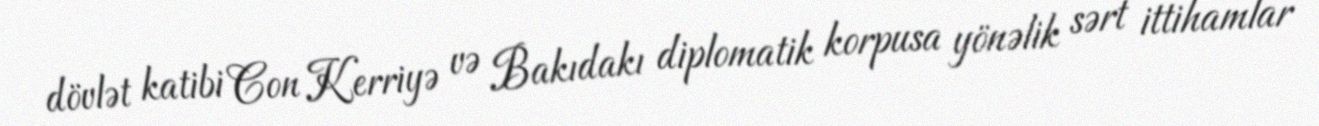
dövlət katibi Con Kerriyə və Bakıdakı diplomatik korpusa yönəlik sərt ittihamlar